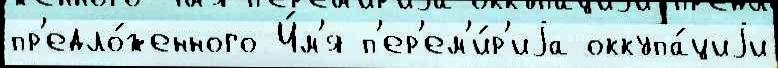
пр'едло́женного И́м'я п'ер'ем'и́р'иjа оккупа́циjи